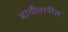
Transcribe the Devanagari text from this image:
भागीतारीत